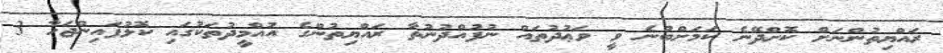
ރައްޔިތުންނަށް ކޮށްދޭނެ ކަމަށްބުނެ ވީ ވަޢުދުތައް ނުފުއްދުނުތާ ރައްޔިތުންގެ އުއްމީދުތަކުގައި ކޮޅުފައިންޖަހާ 3